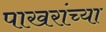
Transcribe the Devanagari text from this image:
पाखरांच्या